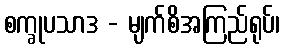
စက္ခုပသာဒ - မျက်စိအကြည်ရုပ်၊